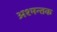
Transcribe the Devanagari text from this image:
अश्मन्तक